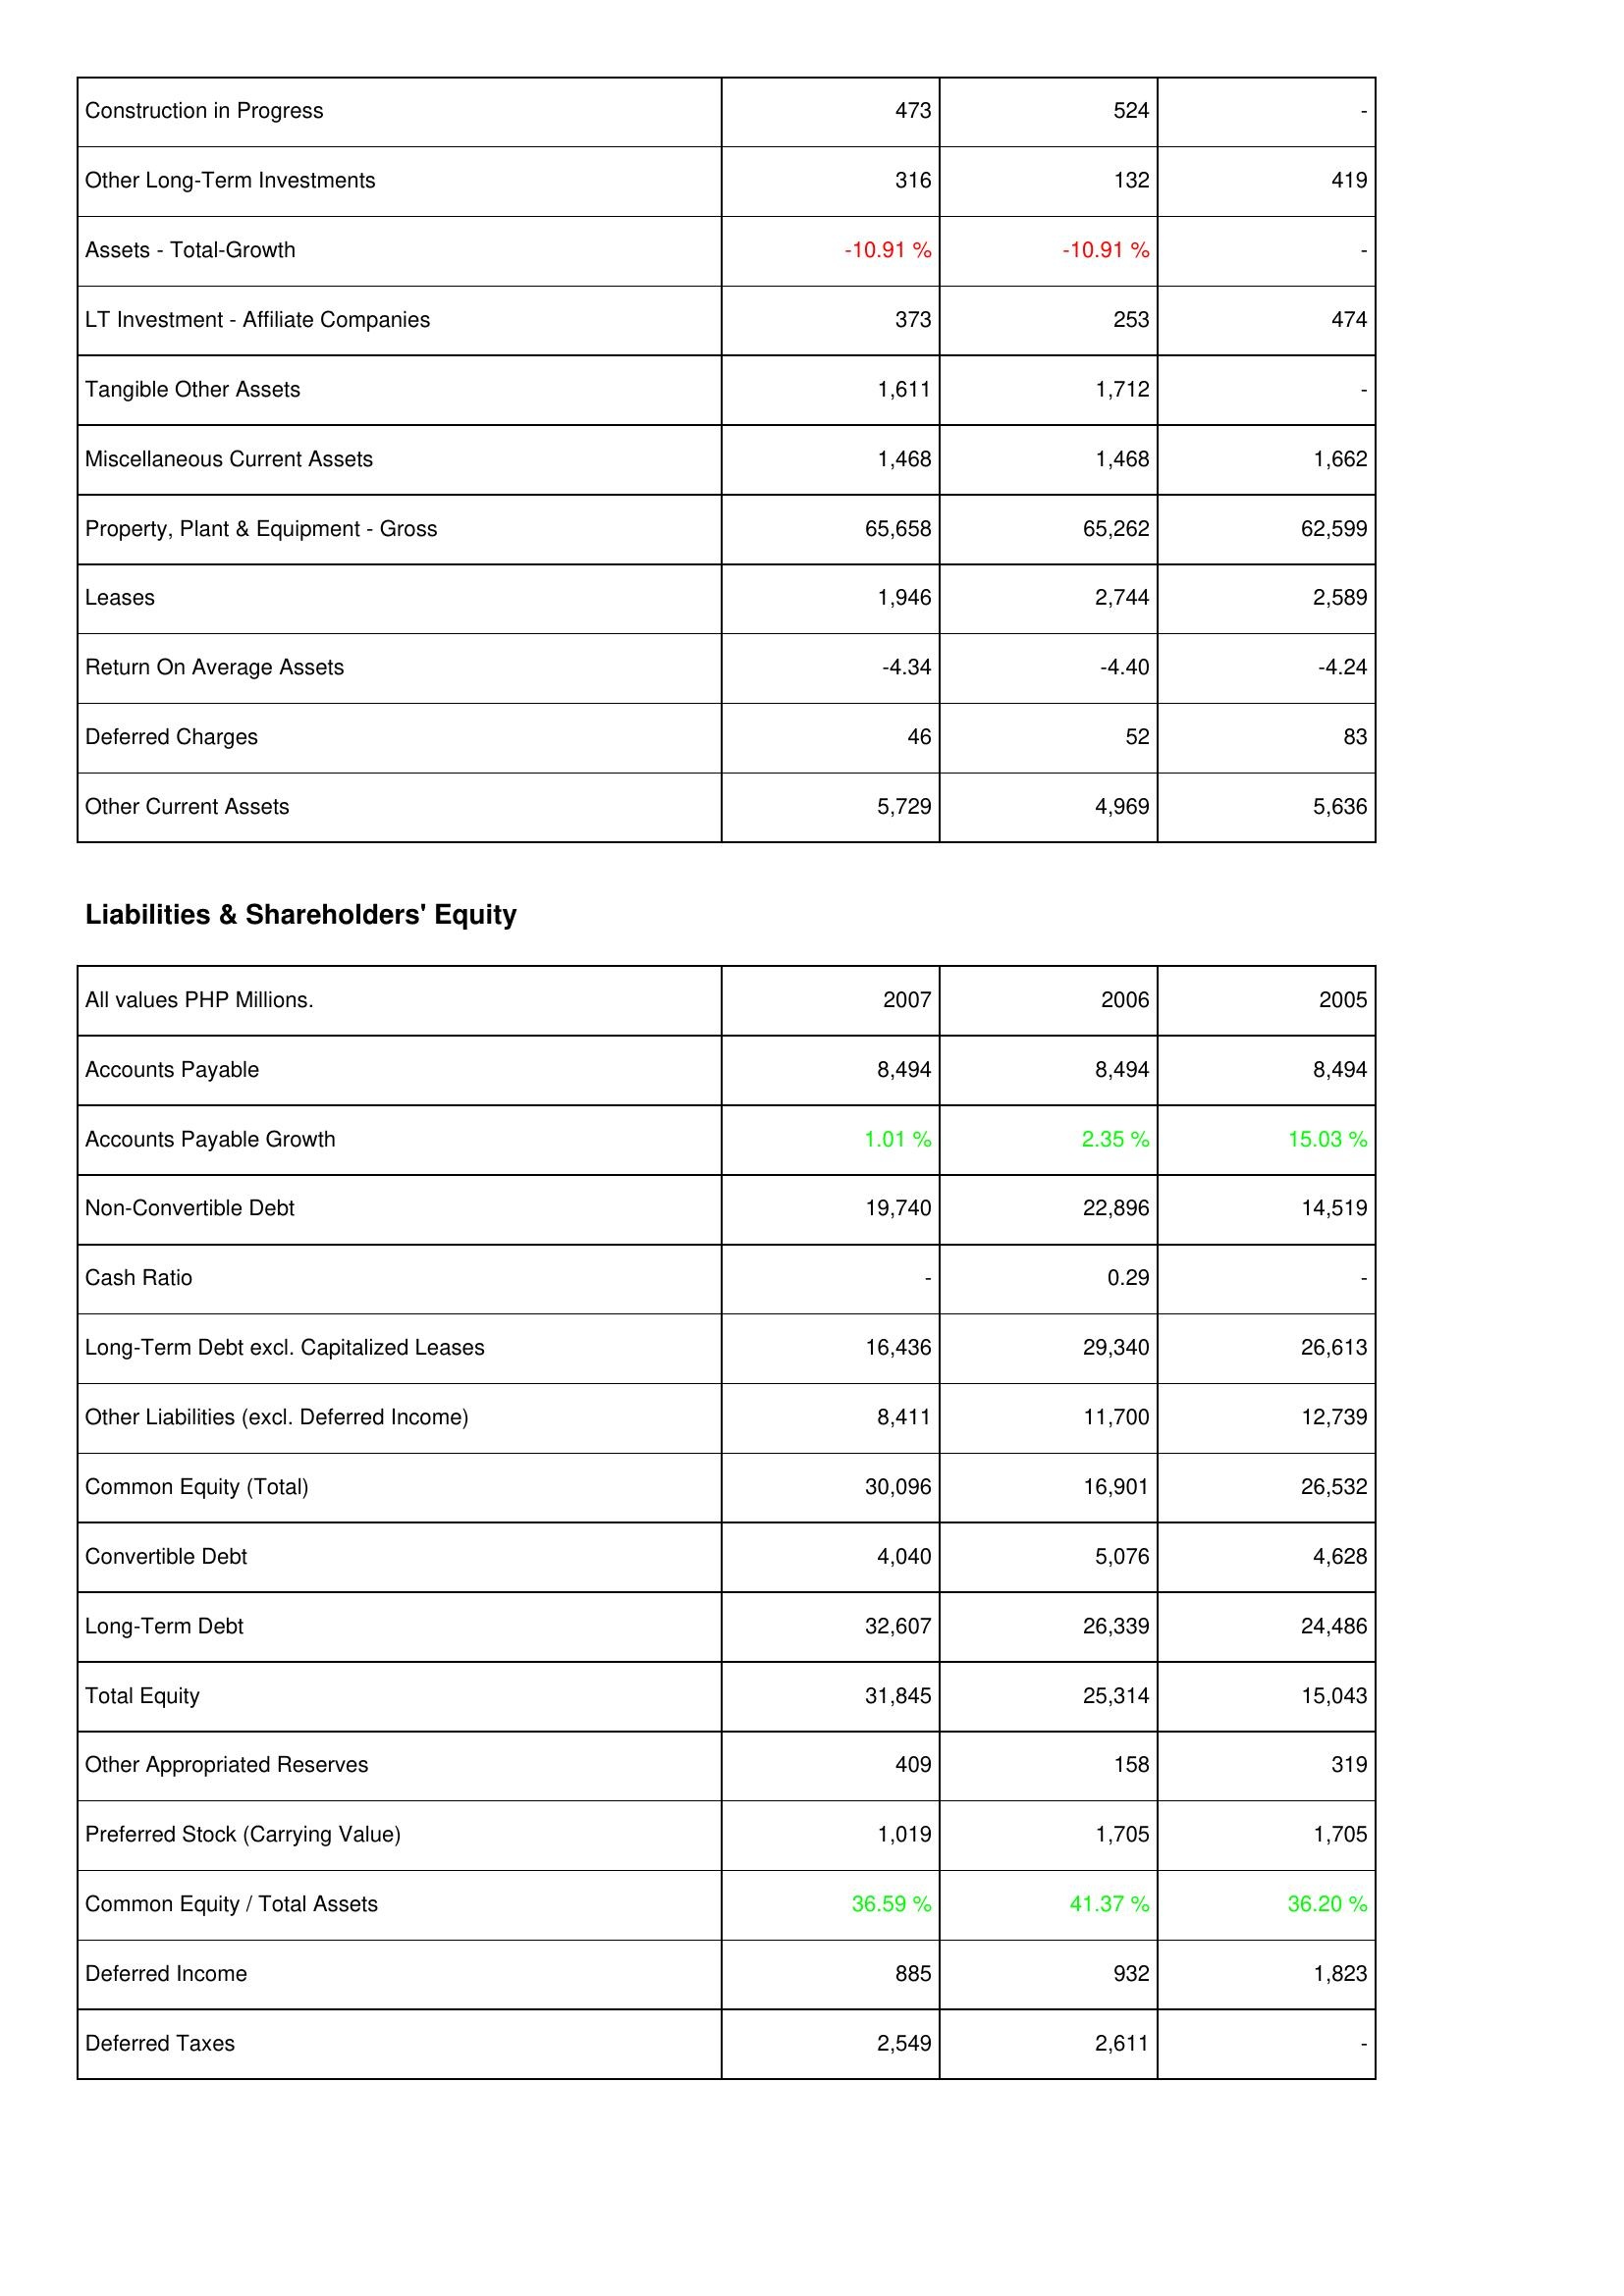
2007: Assets: Construction in Progress: 473
Other Long-Term Investments: 316
Assets - Total-Growth: -10.91 %
LT Investment - Affiliate Companies: 373
Tangible Other Assets: 1,611
Miscellaneous Current Assets: 1,468
Property, Plant & Equipment - Gross: 65,658
Leases: 1,946
Return On Average Assets: -4.34
Deferred Charges: 46
Other Current Assets: 5,729
Liabilities & Shareholders' Equity: Accounts Payable: 8,494
Accounts Payable Growth: 1.01 %
Non-Convertible Debt: 19,740
Cash Ratio: -
Long-Term Debt excl. Capitalized Leases: 16,436
Other Liabilities (excl. Deferred Income): 8,411
Common Equity (Total): 30,096
Convertible Debt: 4,040
Long-Term Debt: 32,607
Total Equity: 31,845
Other Appropriated Reserves: 409
Preferred Stock (Carrying Value): 1,019
Common Equity / Total Assets: 36.59 %
Deferred Income: 885
Deferred Taxes: 2,549
2006: Assets: Construction in Progress: 524
Other Long-Term Investments: 132
Assets - Total-Growth: -10.91 %
LT Investment - Affiliate Companies: 253
Tangible Other Assets: 1,712
Miscellaneous Current Assets: 1,468
Property, Plant & Equipment - Gross: 65,262
Leases: 2,744
Return On Average Assets: -4.40
Deferred Charges: 52
Other Current Assets: 4,969
Liabilities & Shareholders' Equity: Accounts Payable: 8,494
Accounts Payable Growth: 2.35 %
Non-Convertible Debt: 22,896
Cash Ratio: 0.29
Long-Term Debt excl. Capitalized Leases: 29,340
Other Liabilities (excl. Deferred Income): 11,700
Common Equity (Total): 16,901
Convertible Debt: 5,076
Long-Term Debt: 26,339
Total Equity: 25,314
Other Appropriated Reserves: 158
Preferred Stock (Carrying Value): 1,705
Common Equity / Total Assets: 41.37 %
Deferred Income: 932
Deferred Taxes: 2,611
2005: Assets: Construction in Progress: -
Other Long-Term Investments: 419
Assets - Total-Growth: -
LT Investment - Affiliate Companies: 474
Tangible Other Assets: -
Miscellaneous Current Assets: 1,662
Property, Plant & Equipment - Gross: 62,599
Leases: 2,589
Return On Average Assets: -4.24
Deferred Charges: 83
Other Current Assets: 5,636
Liabilities & Shareholders' Equity: Accounts Payable: 8,494
Accounts Payable Growth: 15.03 %
Non-Convertible Debt: 14,519
Cash Ratio: -
Long-Term Debt excl. Capitalized Leases: 26,613
Other Liabilities (excl. Deferred Income): 12,739
Common Equity (Total): 26,532
Convertible Debt: 4,628
Long-Term Debt: 24,486
Total Equity: 15,043
Other Appropriated Reserves: 319
Preferred Stock (Carrying Value): 1,705
Common Equity / Total Assets: 36.20 %
Deferred Income: 1,823
Deferred Taxes: -